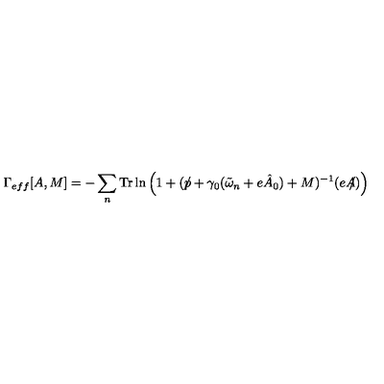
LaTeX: \Gamma _ { e f f } [ A , M ] = - \sum _ { n } \mathrm { T r } \ln \left( 1 + ( p \! \! \! \slash + \gamma _ { 0 } ( \tilde { \omega } _ { n } + e \hat { A } _ { 0 } ) + M ) ^ { - 1 } ( e A \! \! \! \slash ) \right)